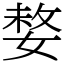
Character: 𡟋